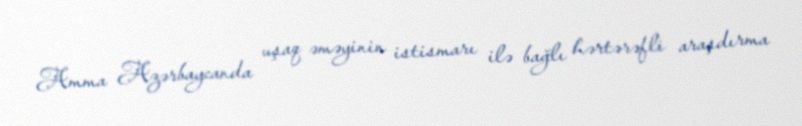
Amma Azərbaycanda uşaq əməyinin istismarı ilə bağlı hərtərəfli araşdırma